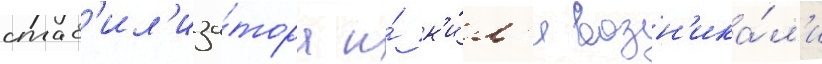
стаб'ил'иза́тора и́ к'и́л'я возн'ика́л'и